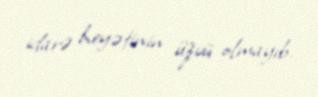
idarə heyətinin üzvü olmayıb.